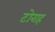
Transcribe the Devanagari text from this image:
टोराह